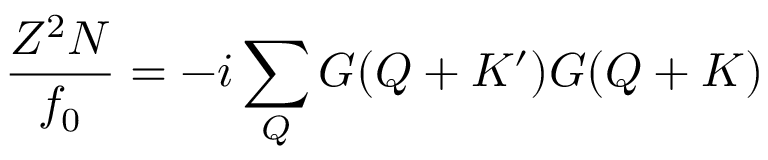
{ \frac { Z ^ { 2 } N } { f _ { 0 } } } = - i \sum _ { Q } G ( Q + K ^ { \prime } ) G ( Q + K )